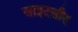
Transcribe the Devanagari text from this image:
साइटसीर